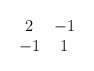
\begin{align*}\begin{array}{cc} 2 & -1 \\ -1 & 1 \end{array}\end{align*}